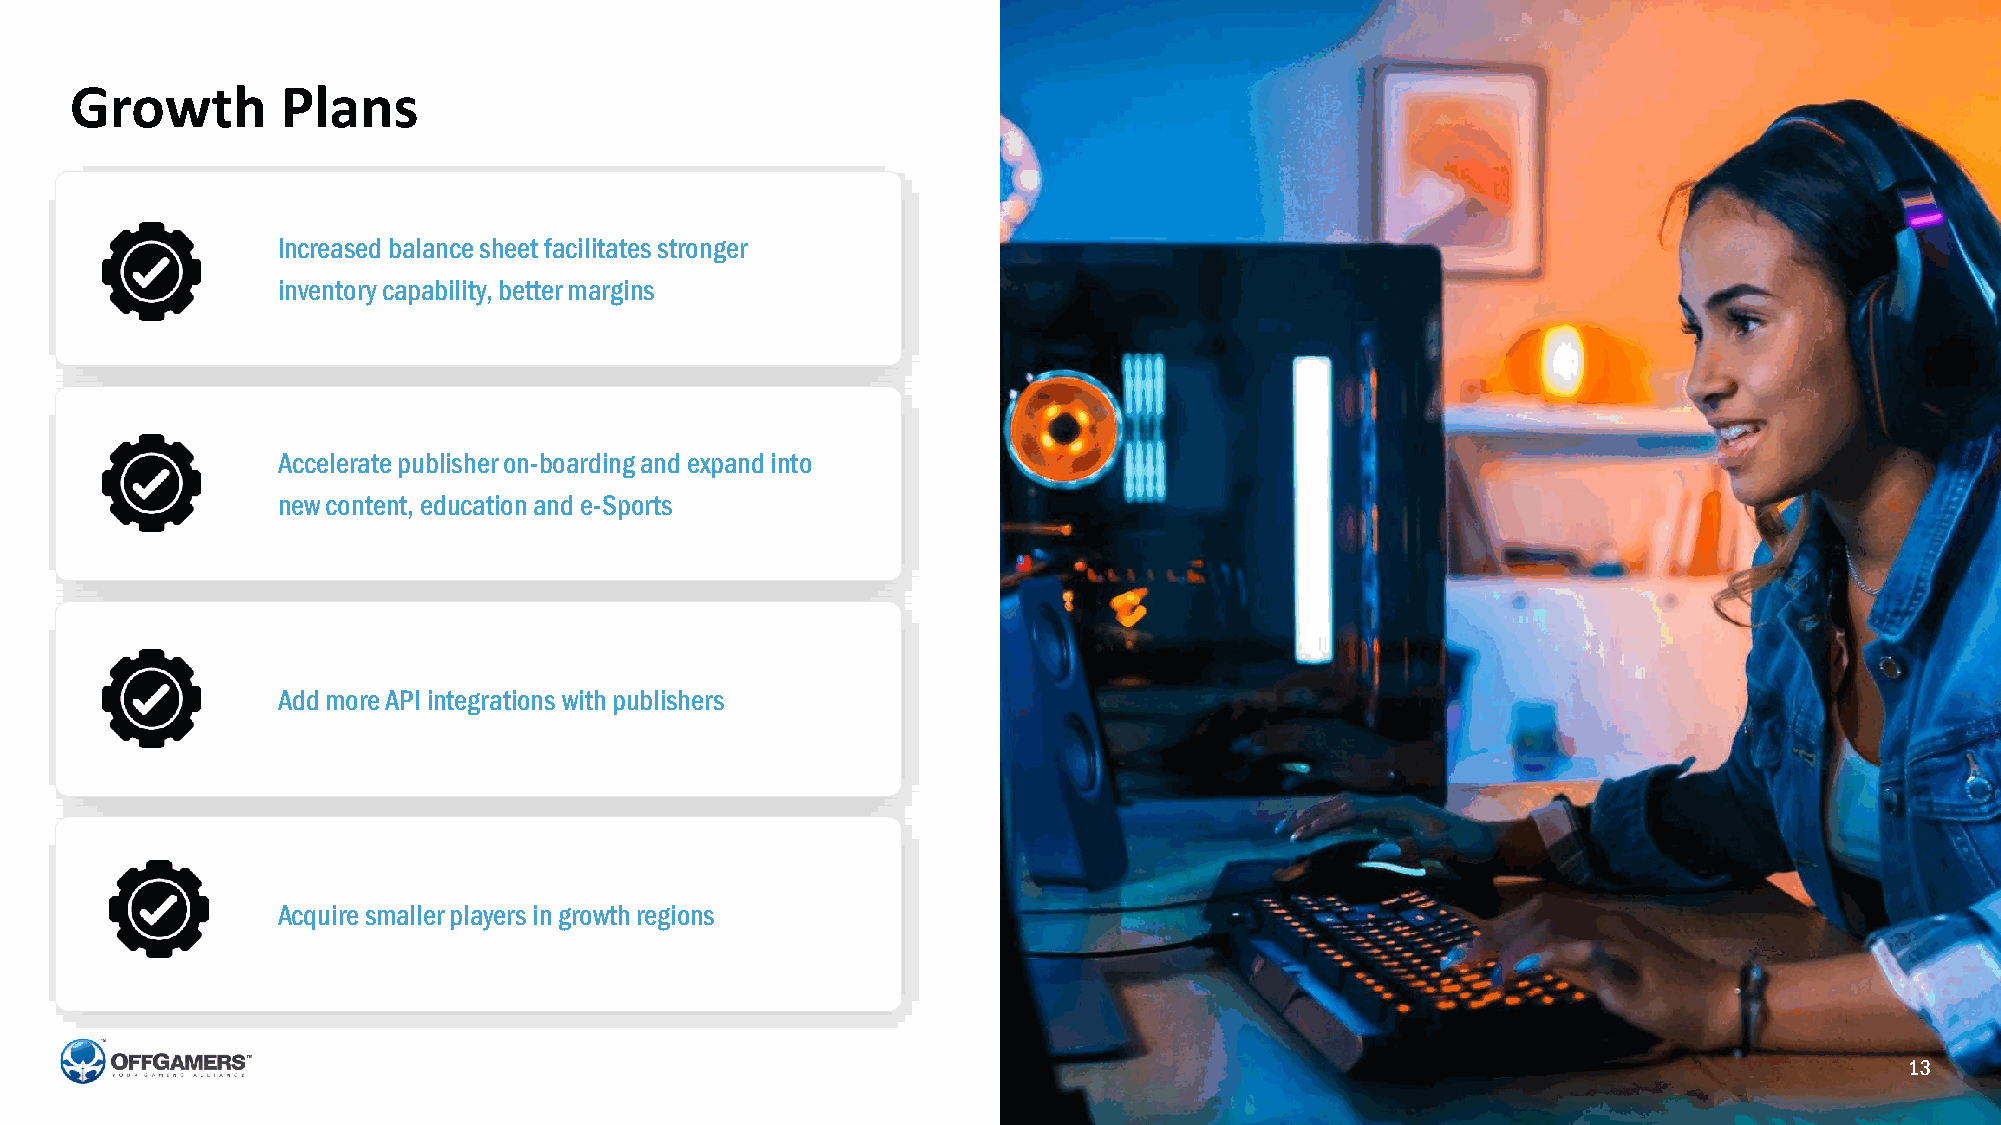
Growth        Plans
 Increased balance sheet facilitates stronger
 inventory capability, better margins
 Accelerate publisher on-boarding and expand into
 new content, education and e-Sports
 Add more API integrations with publishers
 Acquire smaller players in growth regions
 13